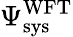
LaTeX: \Psi_{\textrm{sys}}^{\textrm{WFT}}